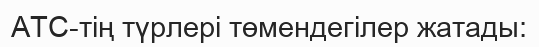
АТС-тің түрлері төмендегілер жатады: